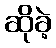
ဆိုခဲ့